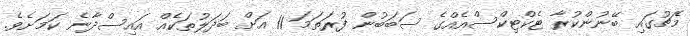
މެޗުގައި ބޭނުންކުރާ ޓެކްޓިކްސްއެއްގެ ސަބަބުން ފުރަތަމަ 11 އަށް ބަދަލުތަކެއް އައިސްދާނެ ކަމަށެވެ.